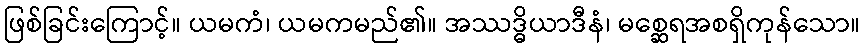
ဖြစ်ခြင်းကြောင့်။ ယမကံ၊ ယမကမည်၏။ အဿဒ္ဓိယာဒီနံ၊ မစ္ဆေရအစရှိကုန်သော။